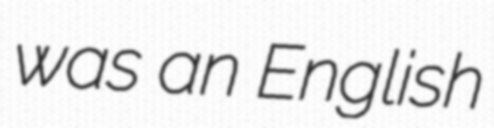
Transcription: was an English